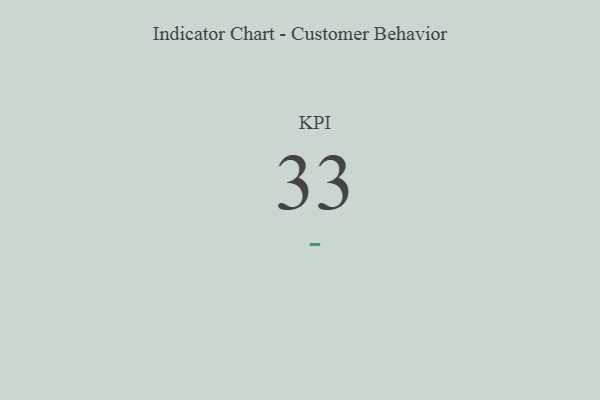
{"axis": {"x": "KPI", "y": "Value"}, "legend": [""], "data": [{"x": "KPI", "y": 33, "type": ""}]}